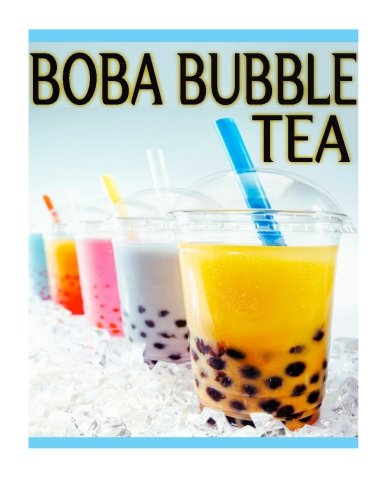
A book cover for Boba Bubble Tea: The Ultimate Recipe Guide; Susan Hewsten; Cookbooks, Food & Wine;